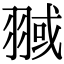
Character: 𦑌